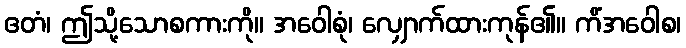
ဧတံ၊ ဤသို့သောစကားကို။ အဝေါစုံ၊ လျှောက်ထားကုန်၏။ ကိံအဝေါစ၊